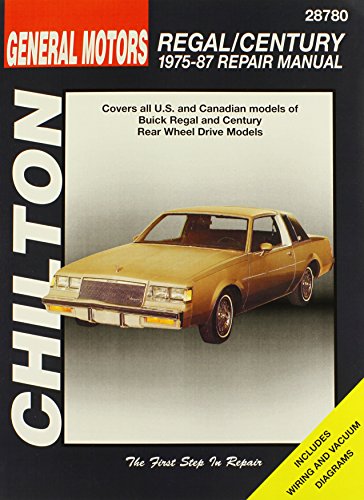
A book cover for Buick Regal and Century, 1975-87 (Chilton Total Car Care Series Manuals); Chilton; Engineering & Transportation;